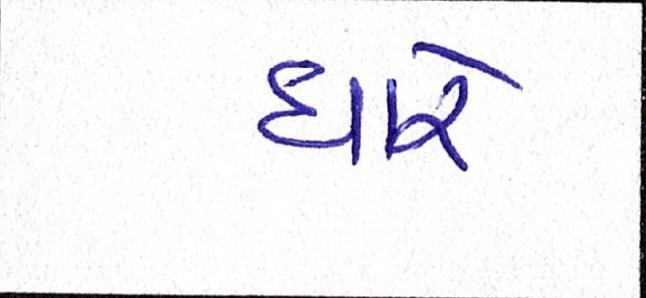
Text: ધારે